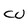
Character: W